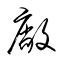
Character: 廠